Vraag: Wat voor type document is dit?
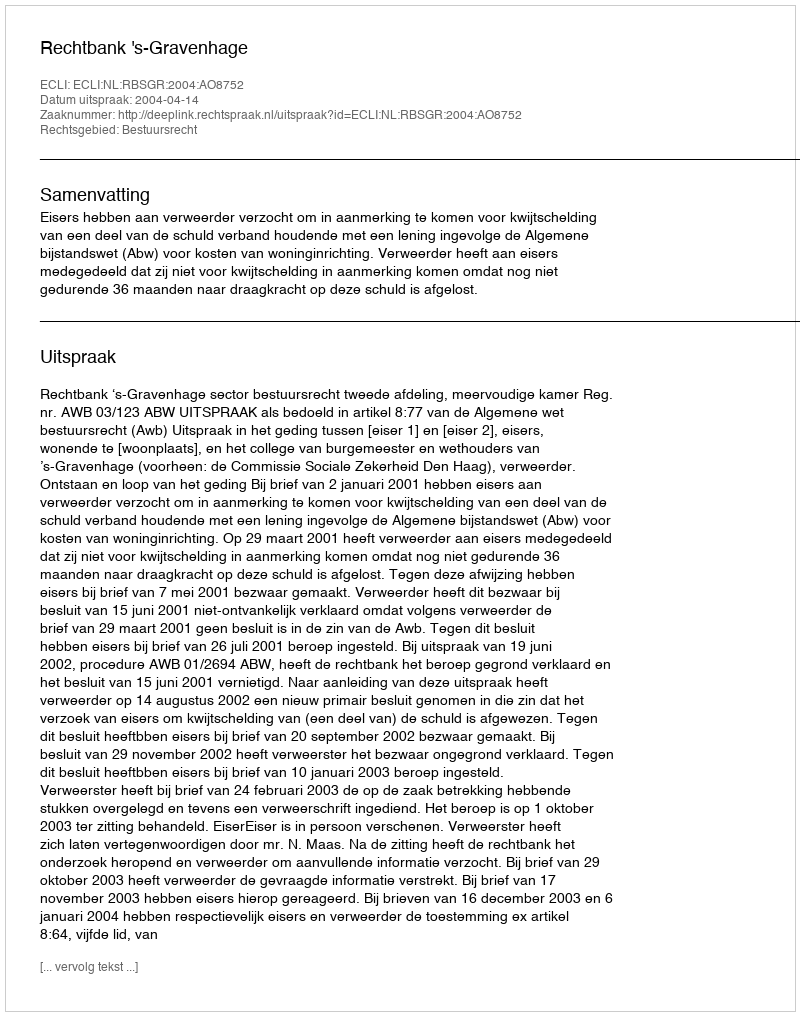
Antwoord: Uitspraak